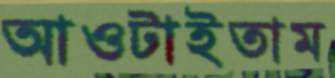
আওটাইতাম